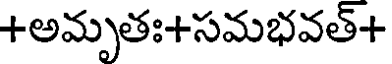
+అమృతః+సమభవత్+